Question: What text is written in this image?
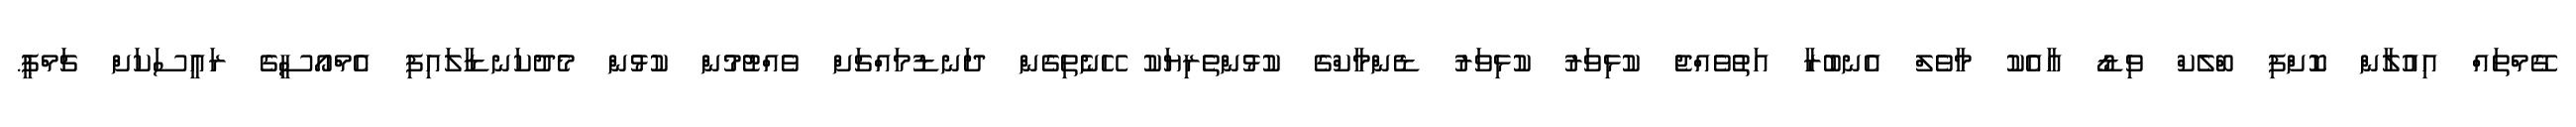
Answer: ގޭމްތައް އިއުލާން ކޮށްފި ބްލެކް ވިޑޯ އާއެކު މާވެލް އެނބުރާ އަތުވެއްޖެ ކުޅިވަރު ކުޅިވަރު ޑެންމާކްގެ ކުޅުންތެރިޔަކު ހޭނެތިގެން ދަނޑުމައްޗަށް ވެއްޓުމުން ކުޅުން މެދުކަނޑާލައިފި އެމްއޯސީގެ ރައީސަކަށް ޗަމްޕީ.